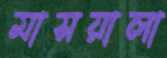
মাসয়ালা